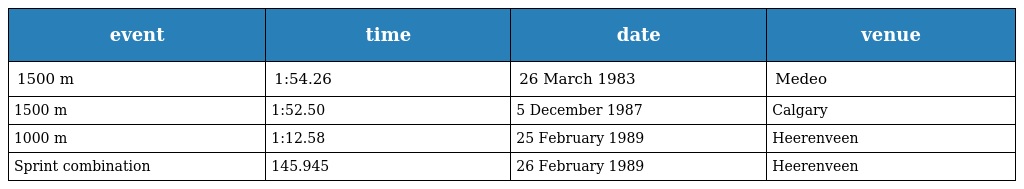
| event | time | date | venue |
 | --- | --- | --- | --- |
 | 1500 m | 1:54.26 | 26 March 1983 | Medeo |
 | 1500 m | 1:52.50 | 5 December 1987 | Calgary |
 | 1000 m | 1:12.58 | 25 February 1989 | Heerenveen |
 | Sprint combination | 145.945 | 26 February 1989 | Heerenveen |